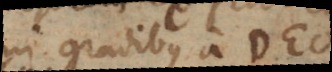
in gradibus a Deo